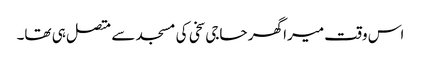
اس وقت میرا گھر حاجی سخی کی مسجد سے متصل ہی تھا۔